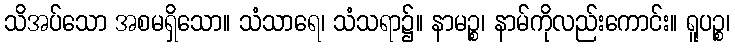
သိအပ်သော အစမရှိသော။ သံသာရေ၊ သံသရာ၌။ နာမဉ္စ၊ နာမ်ကိုလည်းကောင်း။ ရူပဉ္စ၊